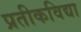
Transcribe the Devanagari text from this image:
प्रतीकविद्या